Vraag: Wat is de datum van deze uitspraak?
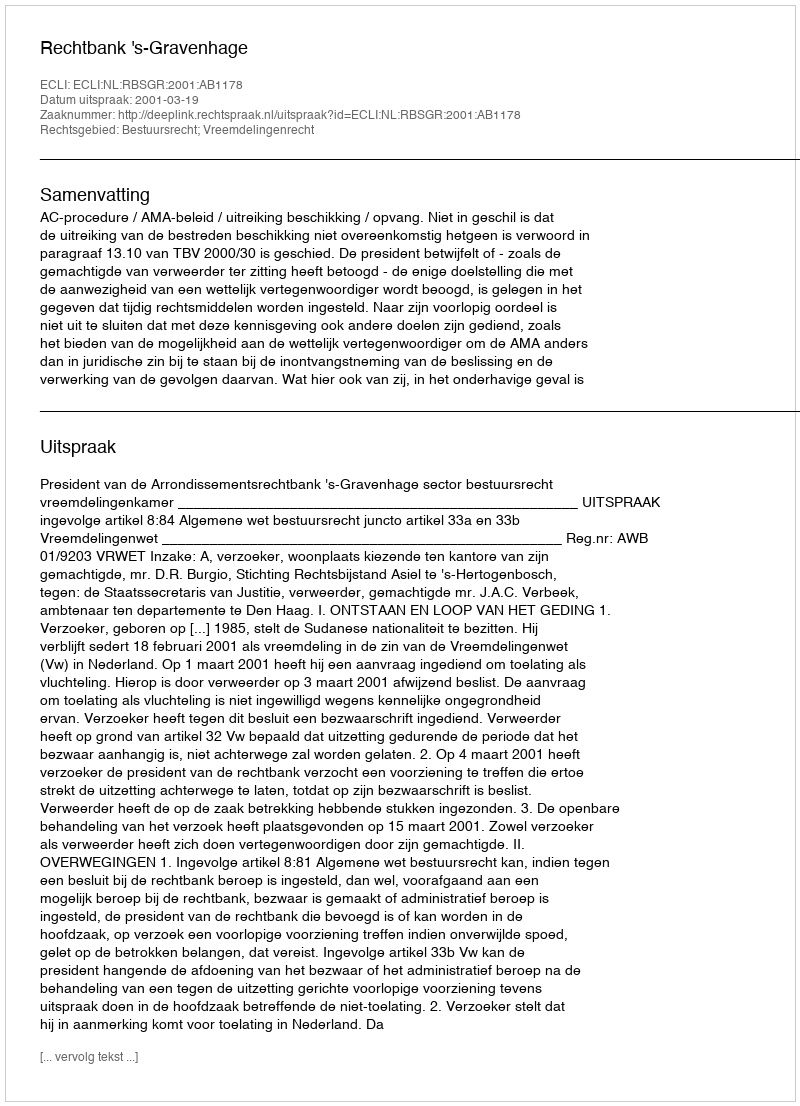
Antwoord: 2001-03-19